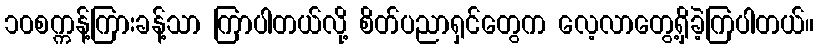
၁၀စက္ကန့်ကြားခန့်သာ ကြာပါတယ်လို့ စိတ်ပညာရှင်တွေက လေ့လာတွေ့ရှိခဲ့ကြပါတယ်။